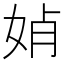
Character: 𡜕